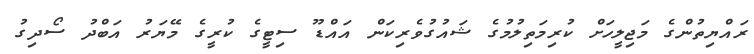
ރައްޔިތުންގެ މަޖިލީހަށް ކުރިމަތިލުމުގެ ޝައުގުވެރިކަން އައްޑޫ ސިޓީގެ ކުރީގެ މޭޔަރު އަބްދު ސޯދިގު